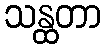
သန္ထတာ